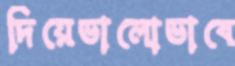
দিয়েভালোভাবে